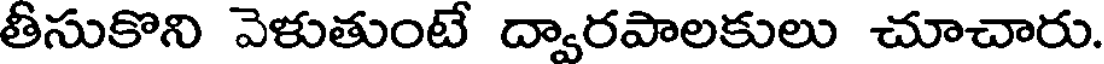
తీసుకొని వెళుతుంటే ద్వారపాలకులు చూచారు.